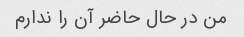
من در حال حاضر آن را ندارم